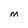
Character: m